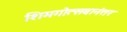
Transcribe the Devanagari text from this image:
शिमगोत्सवानंतर